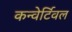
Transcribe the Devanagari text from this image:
कन्वेर्टिवल